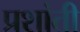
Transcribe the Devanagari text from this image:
प्रशांती